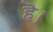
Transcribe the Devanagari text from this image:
हॆ।